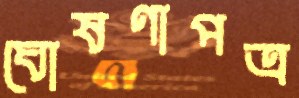
ঘোষণাপত্র